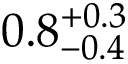
0 . 8 _ { - 0 . 4 } ^ { + 0 . 3 }